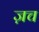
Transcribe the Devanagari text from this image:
ज़च